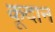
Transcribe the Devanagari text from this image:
कूदान